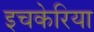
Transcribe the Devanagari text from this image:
इचकेरिया